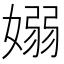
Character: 嫋